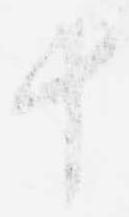
十